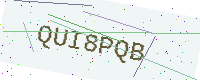
Text: QUI8PQB